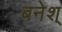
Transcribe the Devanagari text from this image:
बनेश्